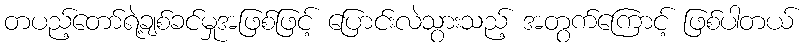
တပည့်တော်ရဲ့ချစ်ခင်မှုအဖြစ်ဖြင့် ပြောင်းလဲသွားသည့် အတွက်ကြောင့် ဖြစ်ပါတယ်